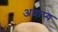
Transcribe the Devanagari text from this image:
अप्राप्‍य